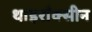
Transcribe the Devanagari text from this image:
थाइराँक्सीन